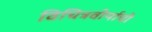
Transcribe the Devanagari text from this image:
विचित्रवीर्याची